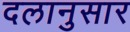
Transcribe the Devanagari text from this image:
दलानुसार